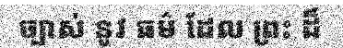
ច្បាស់ នូវ ធម៌ ដែល ព្រះ ដ៏